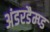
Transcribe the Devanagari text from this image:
अंडरडैम्प्ड